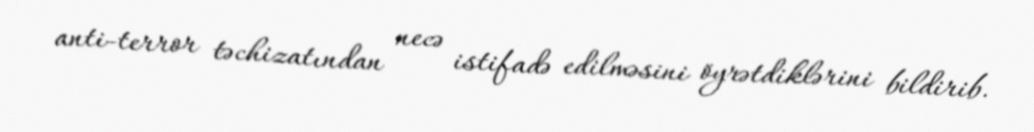
anti-terror təchizatından necə istifadə edilməsini öyrətdiklərini bildirib.